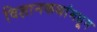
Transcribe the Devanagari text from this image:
विज्ञानकथांमधून